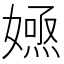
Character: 𡠮